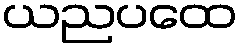
ယညပထေ